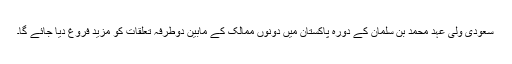
سعودی ولی عہد محمد بن سلمان کے دورہ پاکستان میں دونوں ممالک کے مابین دوطرفہ تعلقات کو مزید فروغ دیا جائے گا۔